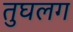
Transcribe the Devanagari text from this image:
तुघलग